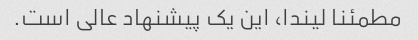
مطمئنا لیندا، این یک پیشنهاد عالی است.